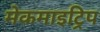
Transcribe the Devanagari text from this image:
मेकमाइट्रिप